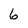
Character: 6